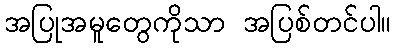
အပြုအမူတွေကိုသာ အပြစ်တင်ပါ။